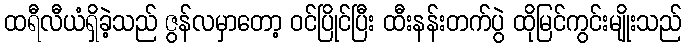
ထရီလီယံရှိခဲ့သည် ဇွန်လမှာတော့ ဝင်ပြိုင်ပြီး ထီးနန်းတက်ပွဲ ထိုမြင်ကွင်းမျိုးသည်